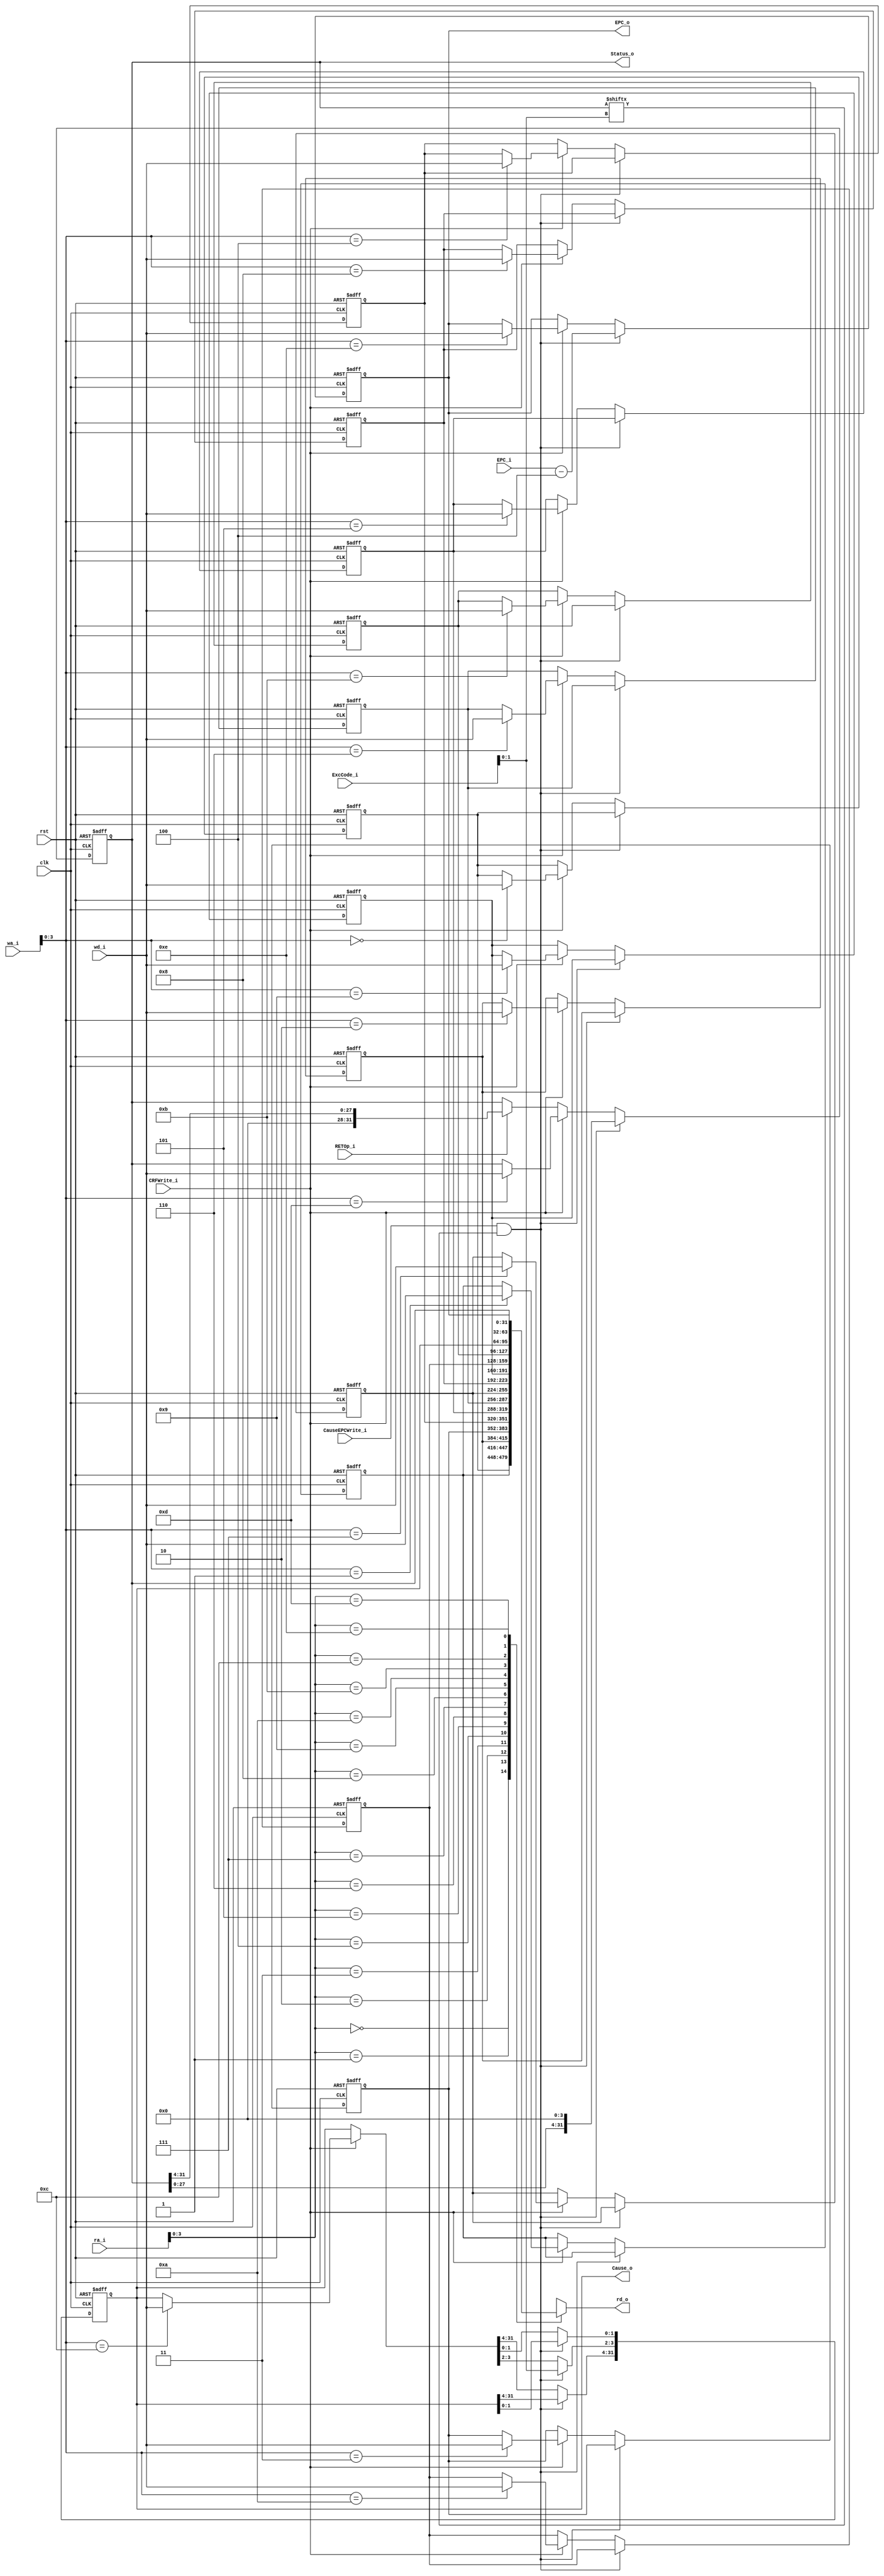
//Register File
module Coprocessor0(
  input        clk,
  input        rst,
  input        CauseEPCWrite_i,
  input        CRFWrite_i,//for mtc0
  input        RETOp_i,
  input  [31:0]ExcCode_i,//ExcCode[1:0] (INT--0, Sys--1, Unimpl--2, Ov--3)
  input  [31:0]EPC_i,
  input  [4:0] wa_i, //rd, write address  Instr[15:11]
  input  [4:0] ra_i, //rd, read address  (Register number) Instr[15:11]
  input  [31:0]wd_i, //write data
  
  output [31:0]Cause_o,
  output [31:0]Status_o,
  output [31:0]EPC_o,
  output [31:0]rd_o   //rt, read data
  );
  
  reg [31:0] CRF [14:0]; //31 31-bit register
  integer    i;
  
  always@(posedge clk or posedge rst)
  begin
    if (rst)
      begin
        for (i = 1'b0; i < 15; i = i+1) begin
          CRF[i] = 32'h0; end
        CRF[13][3:0] = 4'b1111;//Status
        //1 in IM field indicates that the corresponding interrupt or exception is enabled; a 0 indicates that it is disabled.
      end
    else
      begin
        if (CauseEPCWrite_i && CRF[13][{ExcCode_i[1:0]}] == 1)//the interrupt or exception is enabled
          begin
            CRF[12][3:2] = ExcCode_i[1:0];//Cause
            CRF[13] = {CRF[13][27:0], 4'b0};//Shift the contents of the Status register to the left by 4 bits.
            CRF[14] = EPC_i - 32'h4;
            $display("Cause=%8X, Status=%8X, EPC=%8X", CRF[12], CRF[13], CRF[14]);
          end
        else if (CRFWrite_i)//for mtc0
          begin
            CRF[wa_i] = wd_i;
            $display("Cause=%8X, Status=%8X, EPC=%8X", CRF[12], CRF[13], CRF[14]);
          end
        else if (RETOp_i)
          begin
            CRF[13] = {4'b0, CRF[13][31:4]};//Resume interrupt/exception response
          end
      end
  end
  assign Cause_o = CRF[12];
  assign Status_o = CRF[13];
  assign EPC_o = CRF[14];
  assign rd_o = CRF[ra_i];
endmodule

/*
Cause     12     ExcCode (INT--0, Sys--1, Unimpl--2, Ov--3) 
Status    13     S(7-4) M(3-0)
EPC       14     Int: PC->EPC; Sys: PCD->EPC; Unimpl: PCE->EPC; Ov: PCM->EPC
*/